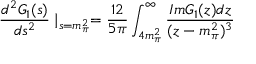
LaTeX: \frac { d ^ { 2 } G _ { 1 } ( s ) } { d s ^ { 2 } } \mid _ { s = m _ { \pi } ^ { 2 } } = \frac { 1 2 } { 5 \pi } \int _ { 4 m _ { \pi } ^ { 2 } } ^ { \infty } \frac { I m G _ { 1 } ( z ) d z } { ( z - m _ { \pi } ^ { 2 } ) ^ { 3 } }